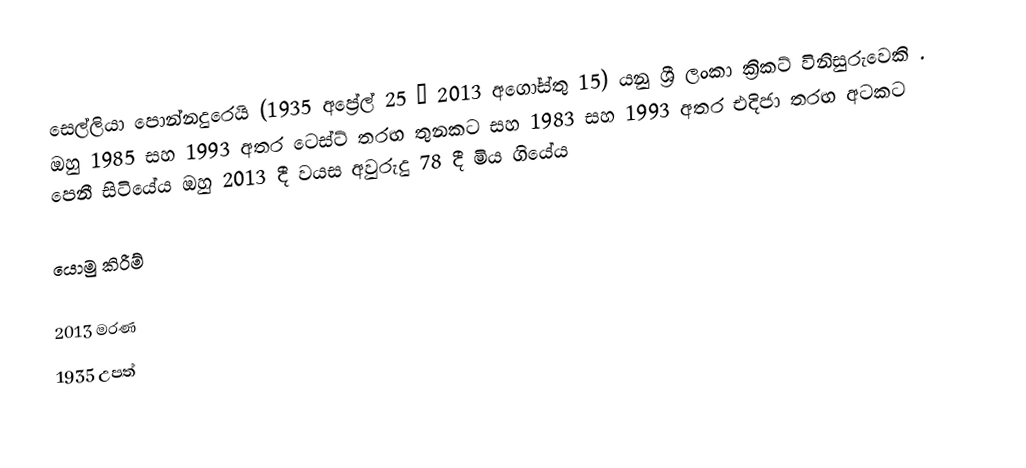
සෙල්ලියා පොන්නදුරෙයි (1935 අප්‍රේල් 25 – 2013 අගෝස්තු 15) යනු ශ්‍රී ලංකා ක්‍රිකට් විනිසුරුවෙකි . ඔහු 1985 සහ 1993 අතර ටෙස්ට් තරඟ තුනකට සහ 1983 සහ 1993 අතර එදිජා තරඟ අටකට පෙනී සිටියේය  ඔහු 2013 දී වයස අවුරුදු 78 දී මිය ගියේය

යොමු කිරීම්

2013 මරණ
1935 උපත්